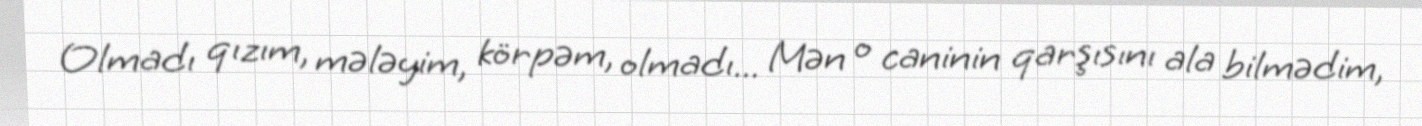
Olmadı qızım, mələyim, körpəm, olmadı... Mən o caninin qarşısını ala bilmədim,